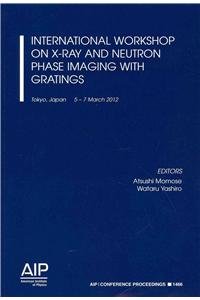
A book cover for International Workshop on X-Ray and Neutron Phase Imaging with Gratings (AIP Conference Proceedings); Science & Math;